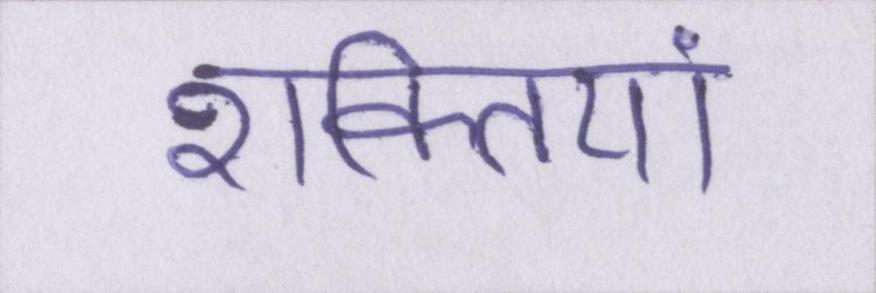
शक्तियां